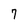
Character: 7